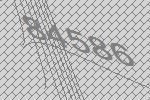
84586